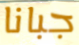
جبانا